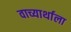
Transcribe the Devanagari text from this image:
वाच्यार्थाला